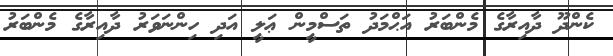
ކެންދޫ ދާއިރާގެ މެންބަރު އަޙްމަދު ތަސްމީން ޢަލީ އަދި ހިންނަވަރު ދާއިރާގެ މެންބަރު